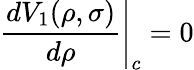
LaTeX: \left.\frac{dV_{1}(\rho,\sigma)}{d\rho}\right|_{c}=0